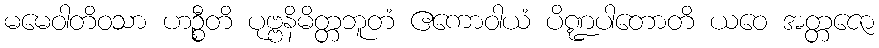
မမေဝါတိဝသာ ဟဉ္စီတိ ပုဗ္ဗနိမိတ္တဘူတံ ဧကောဝါယံ ပိဏ္ဍပါတောတိ ယဝေ အတ္တဇော